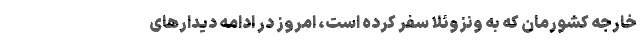
خارجه کشورمان که به ونزوئلا سفر کرده است، امروز در ادامه دیدارهای